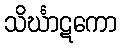
သိင်္ဃာဋကော